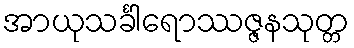
အာယုသင်္ခါရောဿဇ္ဇနသုတ္တ